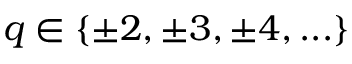
q \in \{ \pm 2 , \pm 3 , \pm 4 , . . . \}